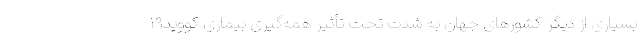
بسیاری از دیگر کشورهای جهان به شدت تحت تأثیر همه‌گیری بیماری کووید۱۹